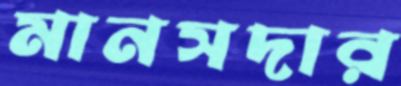
মানসদার